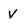
Character: V